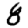
Digit: 8